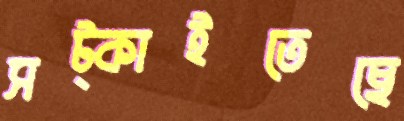
সট্‌কাইতেছে